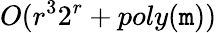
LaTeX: O(r^{3}2^{r}+poly(\mathtt{m}))